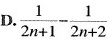
D.$$\cdot \frac{1}{2n+1}- \frac{1}{2n+2}$$